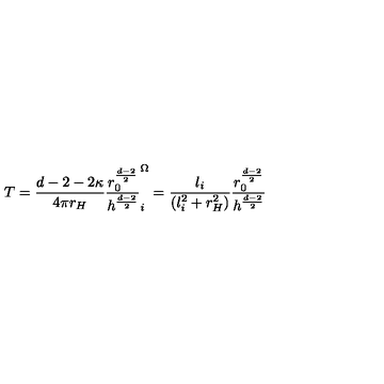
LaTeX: T = \frac { d - 2 - 2 \kappa } { 4 \pi r _ { H } } \frac { r _ { 0 } ^ { \frac { d - 2 } { 2 } } } { h ^ { \frac { d - 2 } { 2 } } } \sp \Omega _ { i } = \frac { l _ { i } } { ( l _ { i } ^ { 2 } + r _ { H } ^ { 2 } ) } \frac { r _ { 0 } ^ { \frac { d - 2 } { 2 } } } { h ^ { \frac { d - 2 } { 2 } } }